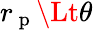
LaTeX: r_{\mathrm{~p~}}\Lt\theta